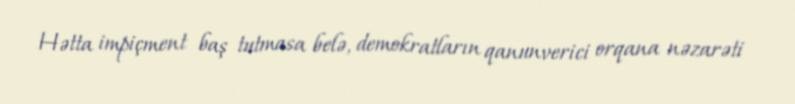
Hətta impiçment baş tutmasa belə, demokratların qanunverici orqana nəzarəti